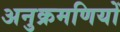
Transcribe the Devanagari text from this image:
अनुक्रमणियों